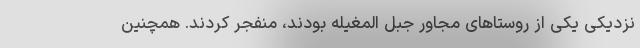
نزدیکی یکی از روستا‌های مجاور جبل المغیله بودند، منفجر کردند. همچنین